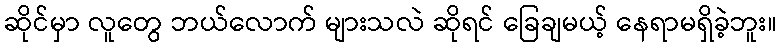
ဆိုင်မှာ လူတွေ ဘယ်လောက် များသလဲ ဆိုရင် ခြေချမယ့် နေရာမရှိခဲ့ဘူး။